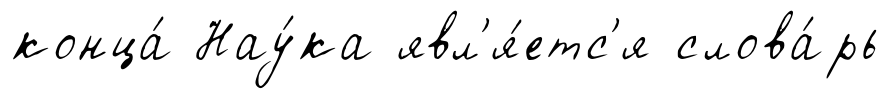
конца́ Нау́ка явл'я́етс'я слова́рь